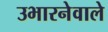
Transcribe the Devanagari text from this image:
उभारनेवाले